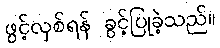
ဖွင့်လှစ်ရန် ခွင့်ပြုခဲ့သည်။